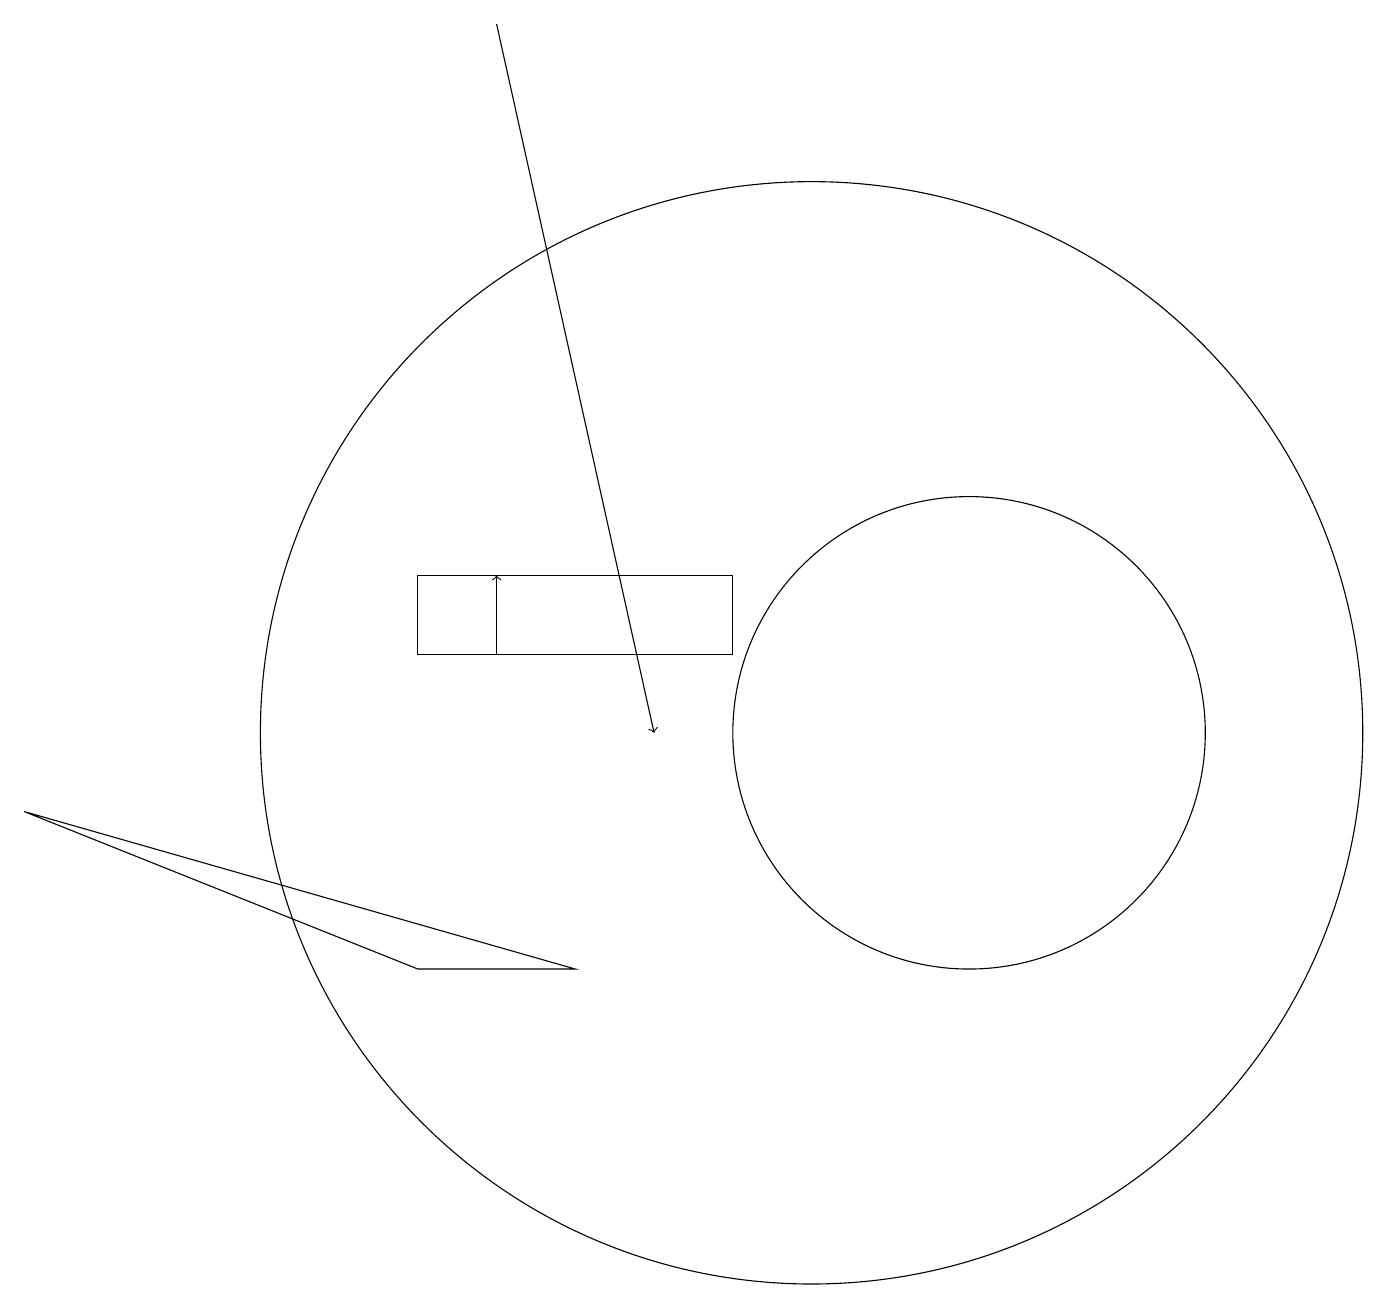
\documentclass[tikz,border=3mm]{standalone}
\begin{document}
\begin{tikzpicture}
\draw[->] (6,19) -- (8,10);
\draw (5,7) -- (7,7) -- (0,9) -- cycle;
\draw (10,10) circle (7);
\draw (5,11) rectangle (9,12);
\draw[->] (6,11) -- (6,12);
\draw (12,10) circle (3);
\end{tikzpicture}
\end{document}